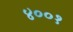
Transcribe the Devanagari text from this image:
४००१